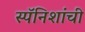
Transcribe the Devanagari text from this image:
स्पॅनिशांची